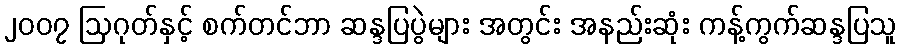
၂၀၀၇ ဩဂုတ်နှင့် စက်တင်ဘာ ဆန္ဒပြပွဲများ အတွင်း အနည်းဆုံး ကန့်ကွက်ဆန္ဒပြသူ